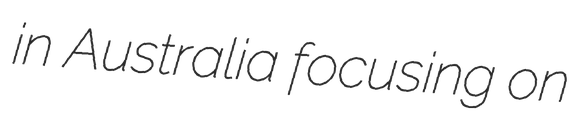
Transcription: in Australia focusing on